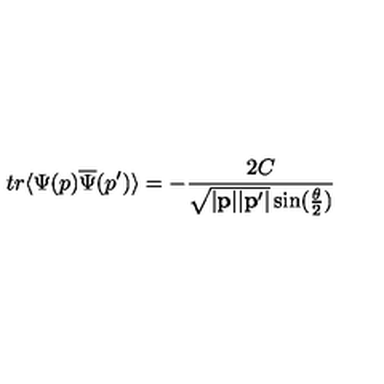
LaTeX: t r \langle \Psi ( p ) \overline { { \Psi } } ( p ^ { \prime } ) \rangle = - \frac { 2 C } { \sqrt { | { \bf p } | | { \bf p } ^ { \prime } | } \sin ( \frac { \theta } { 2 } ) }